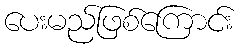
ပေးမည်ဖြစ်ကြောင်း